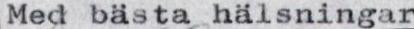
Med bästa hälsningar